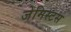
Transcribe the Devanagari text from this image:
जेमिस्टस